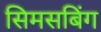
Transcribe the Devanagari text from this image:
सिमसबिंग